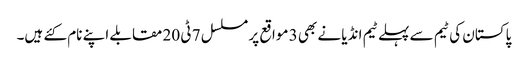
پاکستان کی ٹیم سے پہلے ٹیم انڈیا نے بھی 3 مواقع پر مسلسل 7 ٹی 20 مقابلے اپنے نام کئے ہیں۔